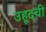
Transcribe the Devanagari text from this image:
उहूदची